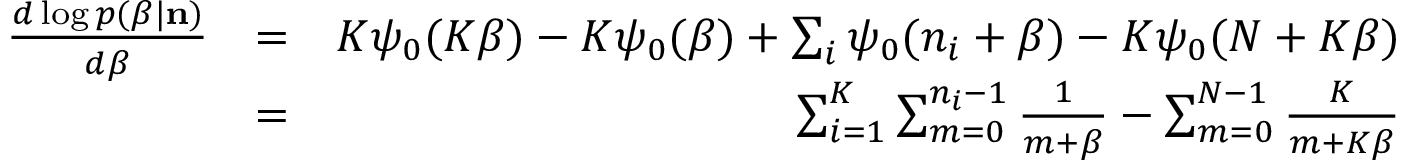
\begin{array} { r l r } { \frac { d \log p ( \beta | { \bf n } ) } { d \beta } } & { = } & { K \psi _ { 0 } ( K \beta ) - K \psi _ { 0 } ( \beta ) + \sum _ { i } \psi _ { 0 } ( n _ { i } + \beta ) - K \psi _ { 0 } ( N + K \beta ) } \\ & { = } & { \sum _ { i = 1 } ^ { K } \sum _ { m = 0 } ^ { n _ { i } - 1 } \frac { 1 } { m + \beta } - \sum _ { m = 0 } ^ { N - 1 } \frac { K } { m + K \beta } } \end{array}